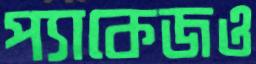
প্যাকেজও